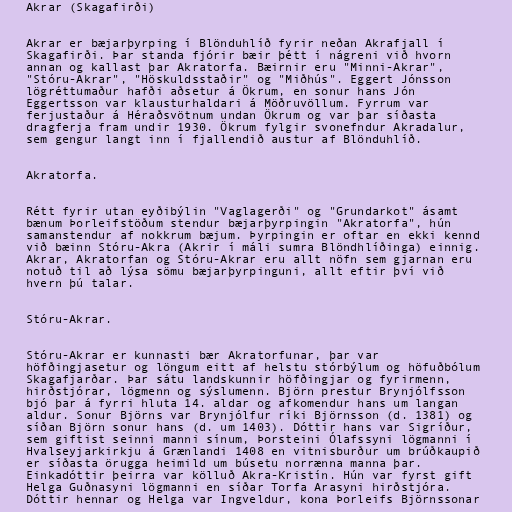
Akrar (Skagafirði)

Akrar er bæjarþyrping í Blönduhlíð fyrir neðan Akrafjall í
Skagafirði. Þar standa fjórir bæir þétt í nágreni við hvorn
annan og kallast þar Akratorfa. Bæirnir eru "Minni-Akrar",
"Stóru-Akrar", "Höskuldsstaðir" og "Miðhús". Eggert Jónsson
lögréttumaður hafði aðsetur á Ökrum, en sonur hans Jón
Eggertsson var klausturhaldari á Möðruvöllum. Fyrrum var
ferjustaður á Héraðsvötnum undan Ökrum og var þar síðasta
dragferja fram undir 1930. Ökrum fylgir svonefndur Akradalur,
sem gengur langt inn í fjallendið austur af Blönduhlíð.

Akratorfa.

Rétt fyrir utan eyðibýlin "Vaglagerði" og "Grundarkot" ásamt
bænum Þorleifstöðum stendur bæjarþyrpingin "Akratorfa", hún
samanstendur af nokkrum bæjum. Þyrpingin er oftar en ekki kennd
við bæinn Stóru-Akra (Akrir í máli sumra Blöndhlíðinga) einnig.
Akrar, Akratorfan og Stóru-Akrar eru allt nöfn sem gjarnan eru
notuð til að lýsa sömu bæjarþyrpinguni, allt eftir því við
hvern þú talar.

Stóru-Akrar.

Stóru-Akrar er kunnasti bær Akratorfunar, þar var
höfðingjasetur og löngum eitt af helstu stórbýlum og höfuðbólum
Skagafjarðar. Þar sátu landskunnir höfðingjar og fyrirmenn,
hirðstjórar, lögmenn og sýslumenn. Björn prestur Brynjólfsson
bjó þar á fyrri hluta 14. aldar og afkomendur hans um langan
aldur. Sonur Björns var Brynjólfur ríki Björnsson (d. 1381) og
síðan Björn sonur hans (d. um 1403). Dóttir hans var Sigríður,
sem giftist seinni manni sínum, Þorsteini Ólafssyni lögmanni í
Hvalseyjarkirkju á Grænlandi 1408 en vitnisburður um brúðkaupið
er síðasta örugga heimild um búsetu norrænna manna þar.
Einkadóttir þeirra var kölluð Akra-Kristín. Hún var fyrst gift
Helga Guðnasyni lögmanni en síðar Torfa Arasyni hirðstjóra.
Dóttir hennar og Helga var Ingveldur, kona Þorleifs Björnssonar